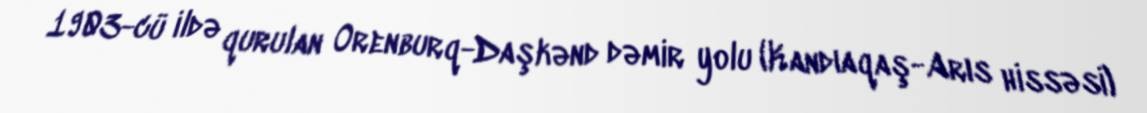
1903-cü ildə qurulan Orenburq-Daşkənd dəmir yolu (Kandıaqaş-Arıs hissəsi)